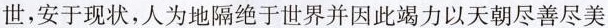
世，安于现状，人为地隔绝于世界并因此竭力以天朝尽善尽美